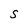
Character: S